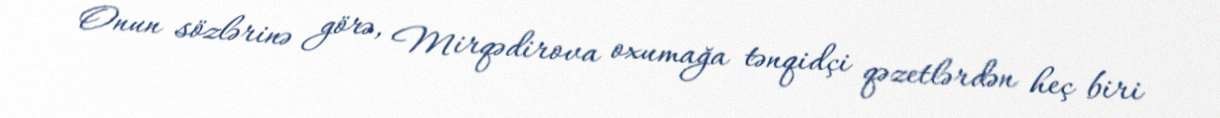
Onun sözlərinə görə, Mirqədirova oxumağa tənqidçi qəzetlərdən heç biri